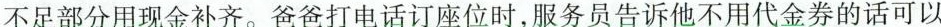
不足部分用现金补齐。爸爸打电话订座位时，服务员告诉他不用代金券的话可以